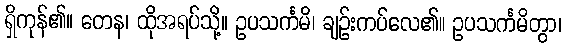
ရှိကုန်၏။ တေန၊ ထိုအရပ်သို့။ ဥပသင်္ကမိ၊ ချဉ်းကပ်လေ၏။ ဥပသင်္ကမိတွာ၊